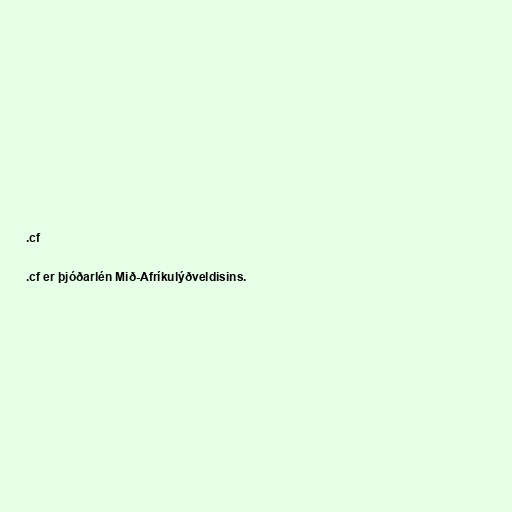
.cf

.cf er þjóðarlén Mið-Afríkulýðveldisins.